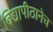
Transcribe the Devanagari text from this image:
विद्यापीठानेच